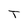
Character: T